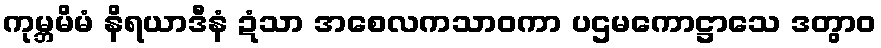
ကုမ္ဘမိမံ နိရယာဒီနံ ဍံသာ အစေလကသာဝကာ ပဌမကောဋ္ဌာသေ ဒတွာဝ